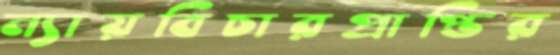
ন্যায়বিচারপ্রাপ্তির